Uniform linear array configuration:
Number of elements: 8
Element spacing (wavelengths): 1
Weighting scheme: kaiser
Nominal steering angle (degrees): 30
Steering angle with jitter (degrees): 31.074
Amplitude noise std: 0.05
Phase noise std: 0.05

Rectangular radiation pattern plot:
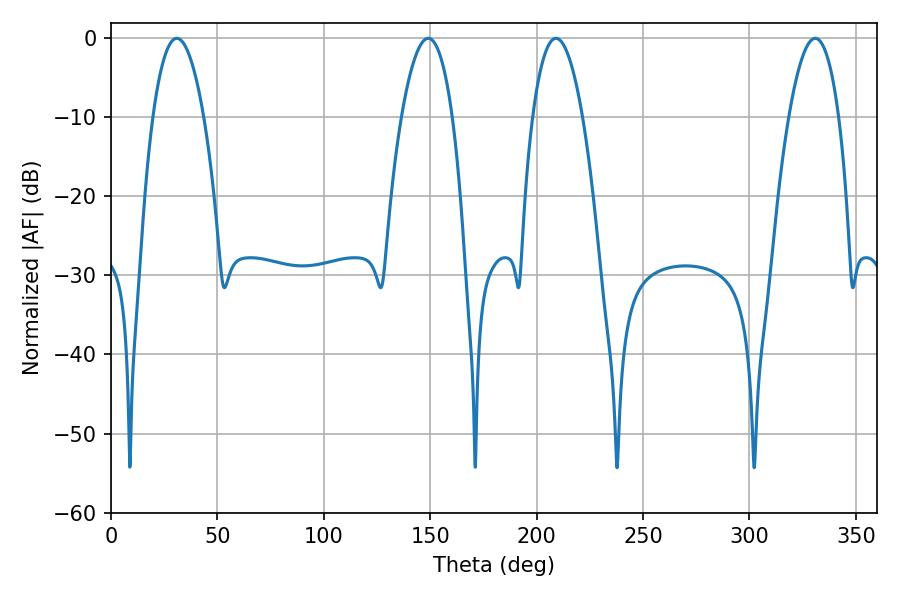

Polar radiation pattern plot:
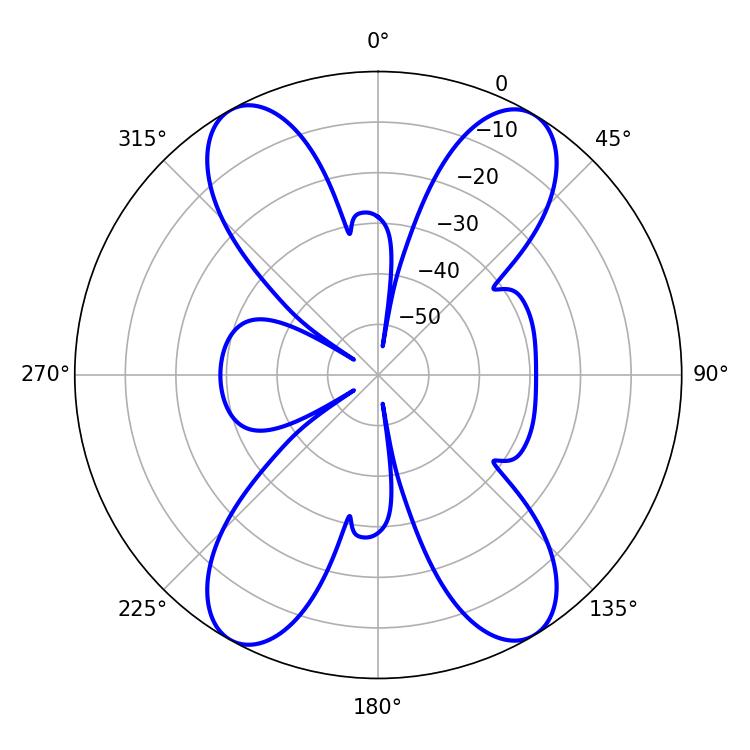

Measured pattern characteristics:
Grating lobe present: TRUE
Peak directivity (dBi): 20.355
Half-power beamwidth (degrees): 13.32
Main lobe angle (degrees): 30.96